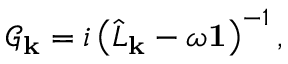
\mathcal { G } _ { \mathbf { k } } = i \left( \hat { L } _ { \mathbf { k } } - \omega \mathbf { 1 } \right) ^ { - 1 } ,